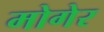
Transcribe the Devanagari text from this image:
मोगेर